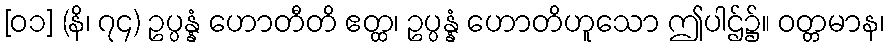
[၀၁] (နိ၊ ၇၄) ဥပ္ပန္နံ ဟောတီတိ ဧတ္ထ၊ ဥပ္ပန္နံ ဟောတိဟူသော ဤပါဌ်၌။ ဝတ္တမာန၊